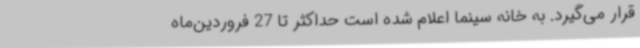
قرار می‌گیرد. به خانه سینما اعلام شده است حداکثر تا 27 فروردین‌ماه